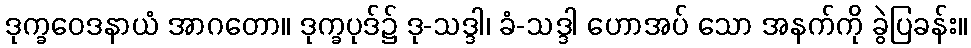
ဒုက္ခဝေဒနာယံ အာဂတော။ ဒုက္ခပုဒ်၌ ဒု-သဒ္ဒါ၊ ခံ-သဒ္ဒါ ဟောအပ် သော အနက်ကို ခွဲပြခန်း။